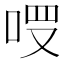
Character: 𠳦